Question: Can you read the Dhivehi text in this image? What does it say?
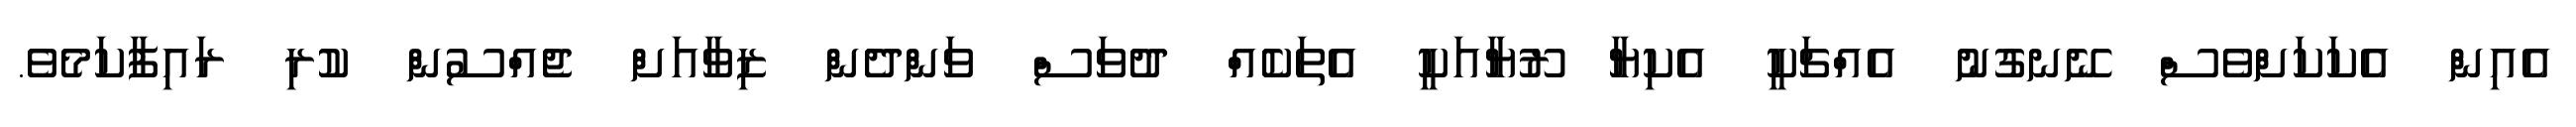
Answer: އެއިން އެކަކަށްވެސް ނޭނގުނު އެއްޗަކީ އެކިޔާ ރޫޔާއަކީ އެތަކެއް ދުވަސް ވަންދެން ޒިވާއަށް ޖެއްސުން ކުރި ރައިފާކަމެވެ.